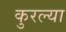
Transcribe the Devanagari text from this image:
कुरल्या